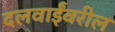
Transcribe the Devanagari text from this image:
दलवाईंवरील